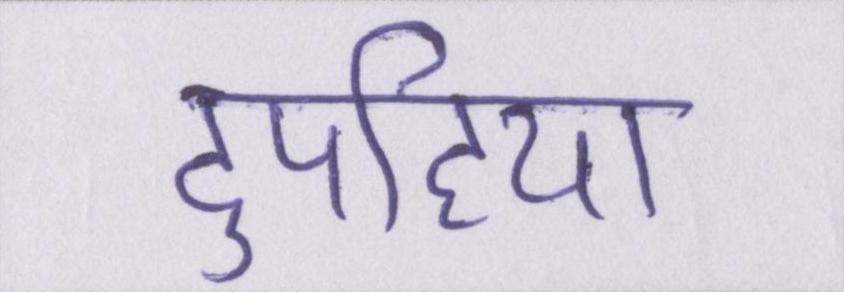
दुपहिया